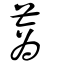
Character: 蔏